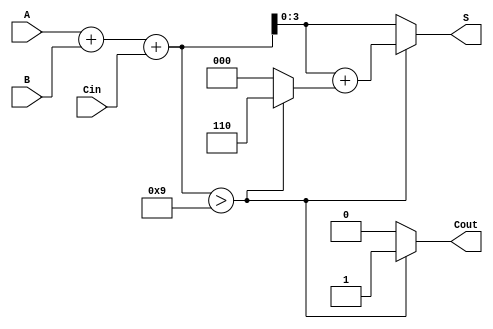
module BCD_Asynchronous_Adder (
    input [3:0] A,      // 4-bit BCD input A
    input [3:0] B,      // 4-bit BCD input B
    input Cin,          // Carry-in
    output reg [3:0] S, // 4-bit BCD output S
    output reg Cout     // Carry-out
);

    // Internal wires for the binary sum and carry
    wire [4:0] sum;     // 5-bit sum to accommodate carry
    wire adjustment;     // Flag for adjustment
    wire [4:0] adjusted_sum; // Adjusted sum after adding 6 if needed

    // Binary addition of A, B, and Cin
    assign sum = A + B + Cin;

    // Check if the sum exceeds 9 (4'b1001)
    assign adjustment = sum > 4'b1001;

    // Adjusted sum (add 6 if adjustment is needed)
    assign adjusted_sum = sum + (adjustment ? 4'b0110 : 4'b0000);

    // Output logic
    always @(*) begin
        if (adjustment) begin
            S = adjusted_sum[3:0]; // Take the lower 4 bits
            Cout = 1;               // Set carry-out
        end else begin
            S = sum[3:0];          // No adjustment needed
            Cout = 0;              // No carry-out
        end
    end

endmodule